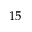
1 5